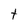
Character: t